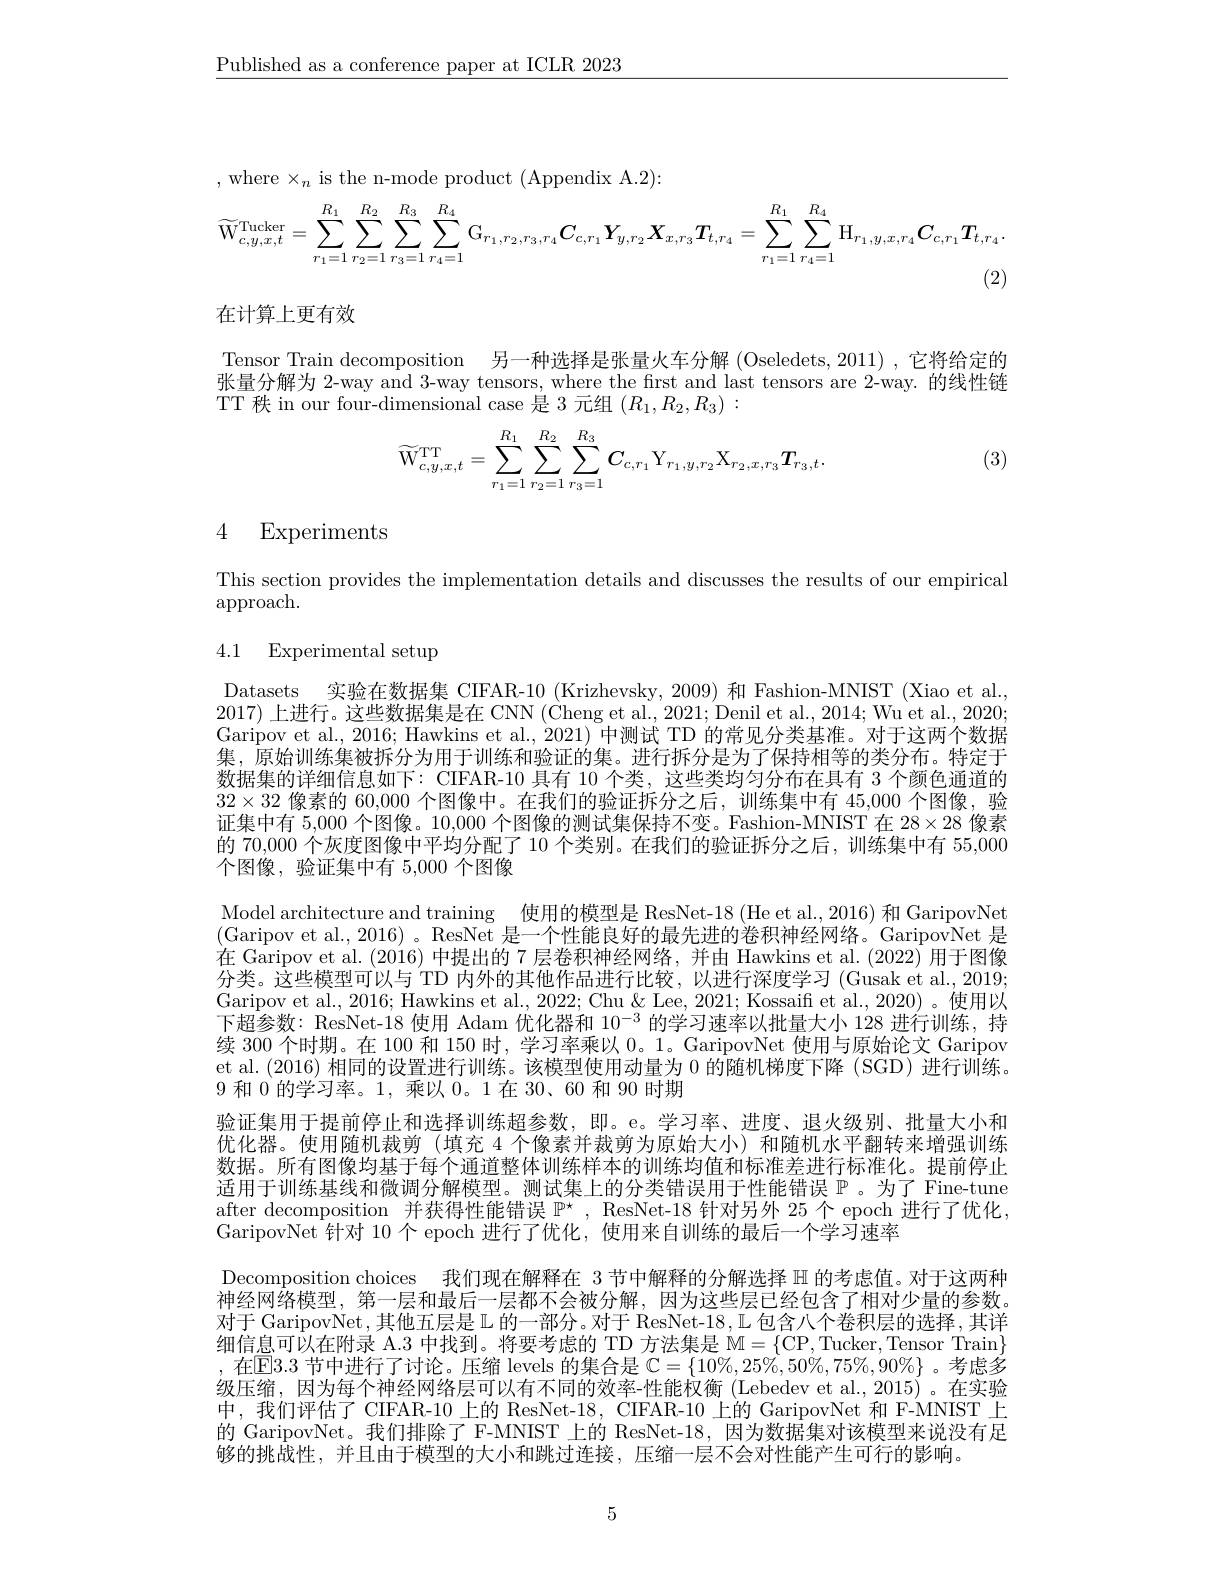
$\underline{\text{Published as a conference paper at ICLR 2023}}$

,where$\times_n$is the n-mode product(Appendix A.2):
$$\widetilde{\mathrm{W}}_{c,y,x,t}^{\mathrm{Tucker}}=\sum_{r_{1}=1}^{R_{1}}\sum_{r_{2}=1}^{R_{2}}\sum_{r_{3}=1}^{R_{3}}\sum_{r_{4}=1}^{R_{4}}\mathrm{G}_{r_{1},r_{2},r_{3},r_{4}}C_{c,r_{1}}Y_{y,r_{2}}X_{x,r_{3}}T_{t,r_{4}}=\sum_{r_{1}=1}^{R_{1}}\sum_{r_{4}=1}^{R_{4}}\mathrm{H}_{r_{1},y,x,r_{4}}C_{c,r_{1}}T_{t,r_{4}}.$$
在计算上更有效

Tensor Train decomposition 另一种选择是张量火车分解 (Oseledets, 2011) ,它将给定的张量分解为 2-way and 3-way tensors, where the first and last tensors are 2-way. 的线性链TT 秩 in our four-dimensional case 是 3 元组$(R_1,R_2,R_3):$

(3)
$$\widetilde{\mathrm{W}}_{c,y,x,t}^{\mathrm{TT}}=\sum_{r_1=1}^{R_1}\sum_{r_2=1}^{R_2}\sum_{r_3=1}^{R_3}C_{c,r_1}\mathrm{Y}_{r_1,y,r_2}\mathrm{X}_{r_2,x,r_3}T_{r_3,t}.$$
## 4 Experiments

This section provides the implementation details and discusses the results of our empirical
$\operatorname{approach}.$

# 4.1 Experimental setup

Datasets 实验在数据集 CIFAR-10 (Krizhevsky, 2009) 和 Fashion-MNIST (Xiao et al., 2017)上进行。这些数据集是在 CNN ( Òheng et al., 2021; Denil et al., 2014; Wu et al., 2020; Garipov et al., 2016; Hawkins et al., 2021) 中测试 TD 的常见分类基准。对于这两个数据集，原始训练集被拆分为用于训练和验证的集。进行拆分是为了保持相等的类分布。特定于数据集的详细信息如下：CIFAR-10 具有 10 个类，这些类均匀分布在具有 3 个颜色通道的$32\times32$像素的 60,000 个图像中。在我们的验证拆分之后，训练集中有 45,000 个图像，验证集中有 5,000 个图像。10,000 个图像的测试集保持不变。Fashion-MNIST 在$28\times28$像素的 70,000 个灰度图像中平均分配了 10 个类别。在我们的验证拆分之后，训练集中有 55,000个图像，验证集中有 5,000 个图像
Model architecture and training 使用的模型是 ResNet-18 (He et al., 2016) 和 GaripovNet (Garipov et al., 2016)。ResNet 是一个性能良好的最先进的卷积神经网络。GaripovNet 是在 Garipov et al. (2016) 中提出的 7 层卷积神经网络，并由 Hawkins et al. (2022) 用于图像分类。这些模型可以与 TD 内外的其他作品进行比较，以进行深度学习 (Gusak et al., 2019; Garipov et al., 2016; Hawkins et al., 2022; Chu & Lee, 2021; Kossaiff et al., 2020) 。使用以下超参数：ResNet-18 使用 Adam 优化器和$10^{-3}$的学习速率以批量大小 128 进行训练，持续 300 个时期。在 100 和 150 时，学习率乘以0。1。GaripovNet 使用与原始论文 Garipov et al. (2016) 相同的设置进行训练。该模型使用动量为0的随机梯度下降 (SGD) 进行训练。9 和0的学习率。1,乘以0。1在 30、60 和 90 时期
验证集用于提前停止和选择训练超参数，即。e。学习率、进度、退火级别、批量大小和优化器。使用随机裁剪(填充 4 个像素并裁剪为原始大小)和随机水平翻转来增强训练数据。所有图像均基于每个通道整体训练样本的训练均值和标准差进行标准化。提前停止适用于训练基线和微调分解模型。测试集上的分类错误用于性能错误$\mathbb{P}$ 。为了 Fine-tune after decomposition 并获得性能错误$\mathbb{P}^*$, ResNet-18 针对另外 25 个 epoch 进行了优化， GaripovNet 针对 10 个 epoch 进行了优化，使用来自训练的最后一个学习速率
Decomposition choices 我们现在解释在 3 节中解释的分解选择$\mathbb{H}$的考虑值。对于这两种神经网络模型，第一层和最后一层都不会被分解，因为这些层已经包含了相对少量的参数。对于 GaripovNet, 其他五层是 L 的一部分。对于 ResNet-18, L 包含八个卷积层的选择，其详细信息可以在附录 A.3 中找到。将要考虑的 TD 方法集是$\mathbb{M}=\{$CP, Tucker, Tensor Train$\}$ ,在$\mathbb{E}3.3$节中进行了讨论。压缩 levels 的集合是$\mathbb{C}=\{10\%,25\%,50\%,75\%,90\%\}$ 。考虑多级压缩，因为每个神经网络层可以有不同的效率-性能权衡(Lebedev et al.,2015)。在实验中，我们评估了CIFAR-10 上的 ResNet-18, CIFAR-10 上的 GaripovNet 和 F-MNIST 上的 GaripovNet。我们排除了 F-MNIST 上的 ResNet-18, 因为数据集对该模型来说没有足够的挑战性，并且由于模型的大小和跳过连接，压缩一层不会对性能产生可行的影响。

5